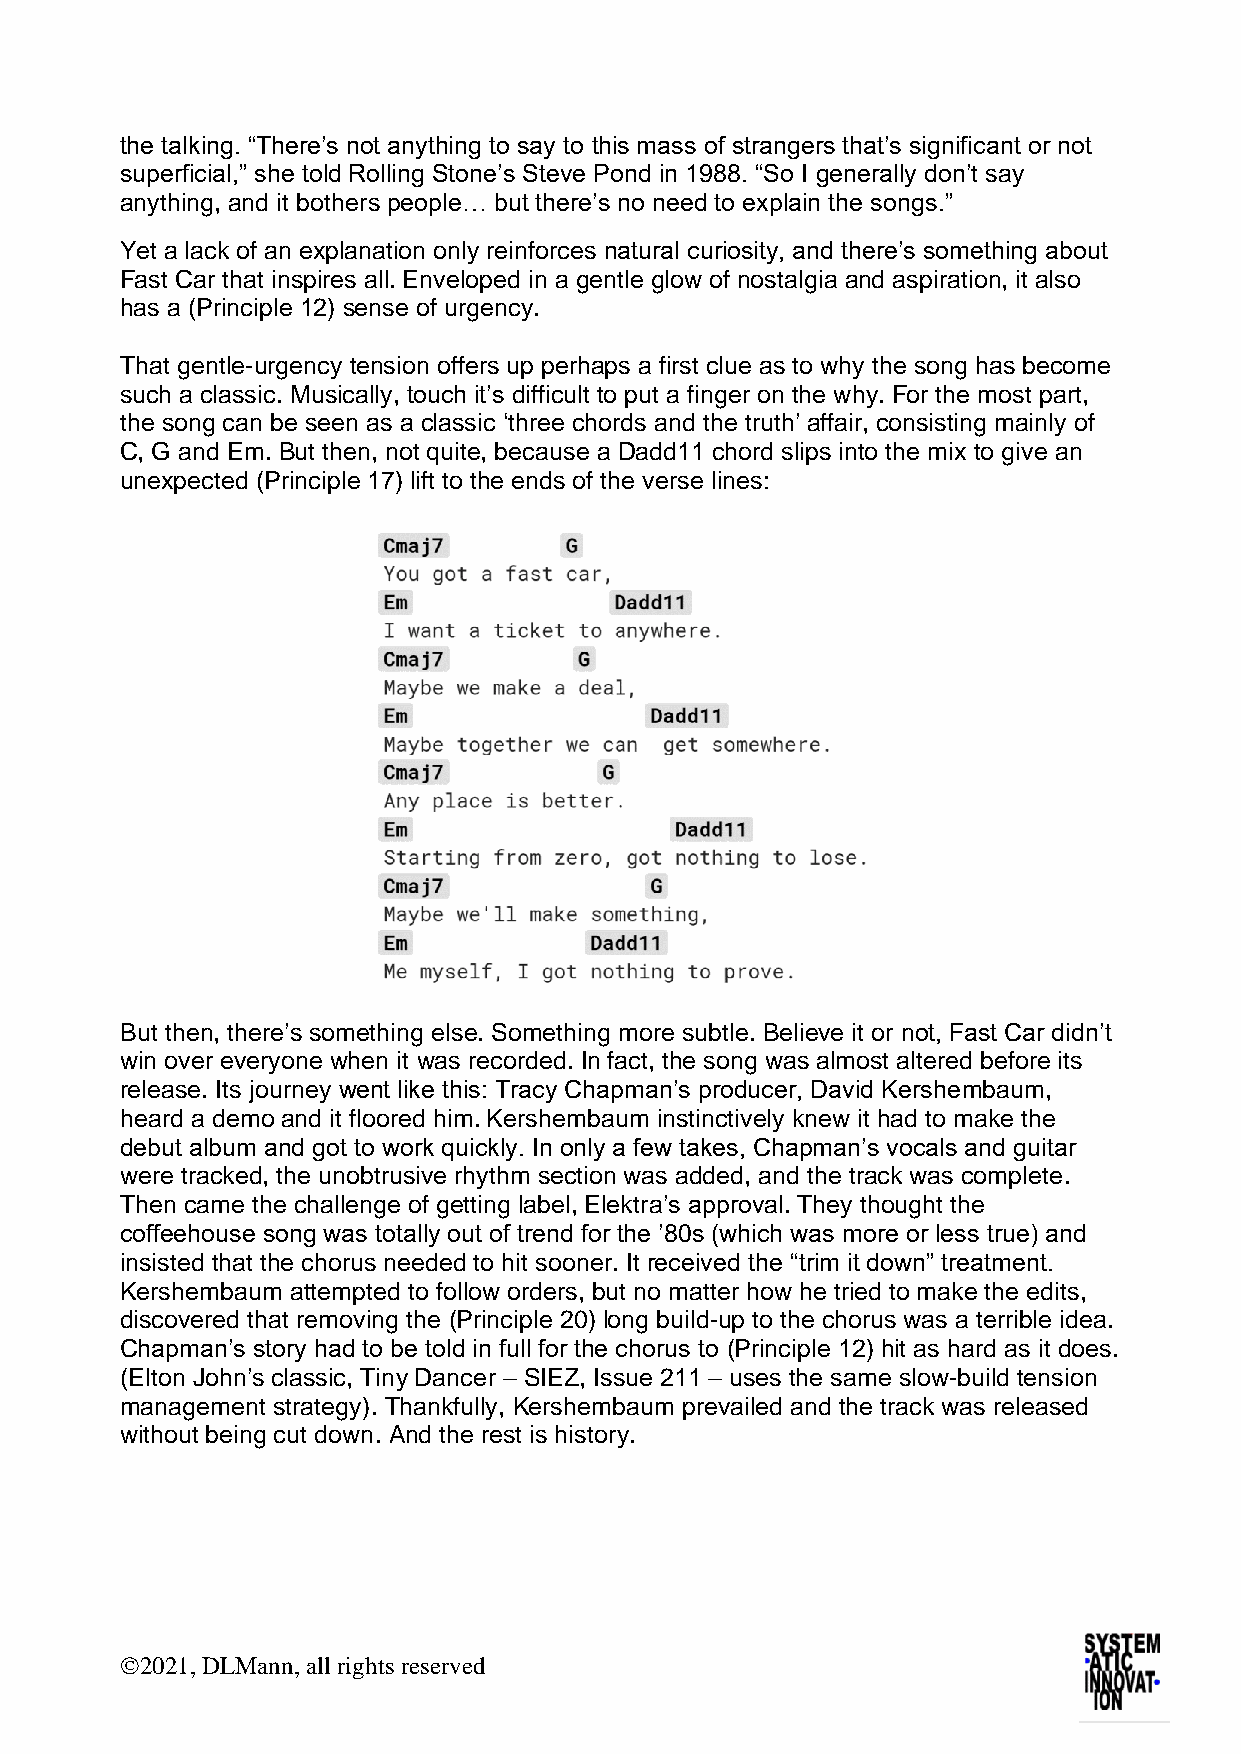
the talking. “There’s not anything to say to this mass of strangers that’s significant or not
 superficial,” she told Rolling Stone’s Steve Pond in 1988. “So I generally don’t say
 anything, and it bothers people… but there’s no need to explain the songs.”
 Yet a lack of an explanation only reinforces natural curiosity, and there’s something about
 Fast Car that inspires all. Enveloped in a gentle glow of nostalgia and aspiration, it also
 has a (Principle 12) sense of urgency.
 That gentle-urgency tension offers up perhaps a first clue as to why the song has become
 such a classic. Musically, touch it’s difficult to put a finger on the why. For the most part,
 the song can be seen as a classic ‘three chords and the truth’ affair, consisting mainly of
 C, G and Em. But then, not quite, because a Dadd11 chord slips into the mix to give an
 unexpected (Principle 17) lift to the ends of the verse lines:
 But then, there’s something else. Something more subtle. Believe it or not, Fast Car didn’t
 win over everyone when it was recorded. In fact, the song was almost altered before its
 release. Its journey went like this: Tracy Chapman’s producer, David Kershembaum,
 heard a demo and it floored him. Kershembaum instinctively knew it had to make the
 debut album and got to work quickly. In only a few takes, Chapman’s vocals and guitar
 were tracked, the unobtrusive rhythm section was added, and the track was complete.
 Then came the challenge of getting label, Elektra’s approval. They thought the
 coffeehouse song was totally out of trend for the ’80s (which was more or less true) and
 insisted that the chorus needed to hit sooner. It received the “trim it down” treatment.
 Kershembaum attempted to follow orders, but no matter how he tried to make the edits,
 discovered that removing the (Principle 20) long build-up to the chorus was a terrible idea.
 Chapman’s story had to be told in full for the chorus to (Principle 12) hit as hard as it does.
 (Elton John’s classic, Tiny Dancer – SIEZ, Issue 211 – uses the same slow-build tension
 management strategy). Thankfully, Kershembaum prevailed and the track was released
 without being cut down. And the rest is history.
 ©2021, DLMann, all rights reserved